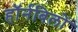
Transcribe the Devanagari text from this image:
हॉर्नबिलों